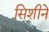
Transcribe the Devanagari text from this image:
सिशीने